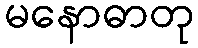
မနောဓာတု